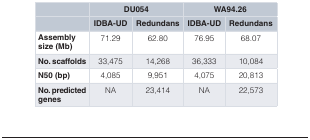
<table><thead><tr><td></td><td colspan="2"><b>DU054</b></td><td colspan="2"><b>WA94.26</b></td></tr><tr><td></td><td><b>IDBA-UD</b></td><td><b>Redundans</b></td><td><b>IDBA-UD</b></td><td><b>Redundans</b></td></tr></thead><tbody><tr><td><b>Assembly</b><b>size (Mb)</b></td><td>71.29</td><td>62.80</td><td>76.95</td><td>68.07</td></tr><tr><td><b>No. scaffolds</b></td><td>33,475</td><td>14,268</td><td>36,333</td><td>10,084</td></tr><tr><td><b>N50 (bp)</b></td><td>4,085</td><td>9,951</td><td>4,075</td><td>20,813</td></tr><tr><td><b>No. predicted</b><b>genes</b></td><td>NA</td><td>23,414</td><td>NA</td><td>22,573</td></tr></tbody></table>